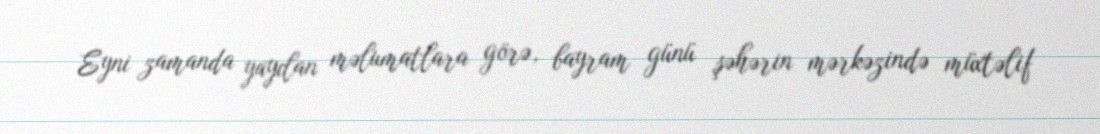
Eyni zamanda yayılan məlumatlara görə, bayram günü şəhərin mərkəzində müxtəlif